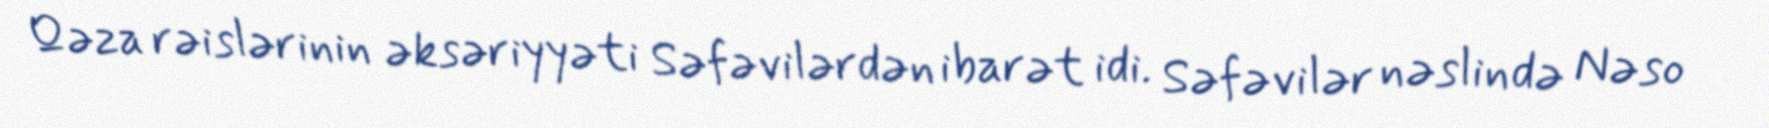
Qəza rəislərinin əksəriyyəti Səfəvilərdən ibarət idi. Səfəvilər nəslində Nəso